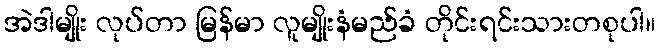
အဲဒါမျိုး လုပ်တာ မြန်မာ လူမျိုးနံမည်ခံ တိုင်းရင်းသားတစုပါ။